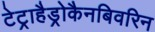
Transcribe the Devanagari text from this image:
टेट्राहैड्रोकैनबिवरिन